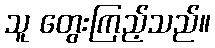
သူ တွေးကြည့်သည်။